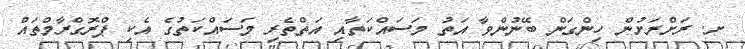
ށ. ރަށްރަށުން ހިންގަން ބޭނުންވާ އަތު މަސައްކަތާއި އަތްތެރި މަސައްކަތުގެ އެކި ޕްރޮގްރާމްތައް